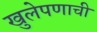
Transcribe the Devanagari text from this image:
खुलेपणाची